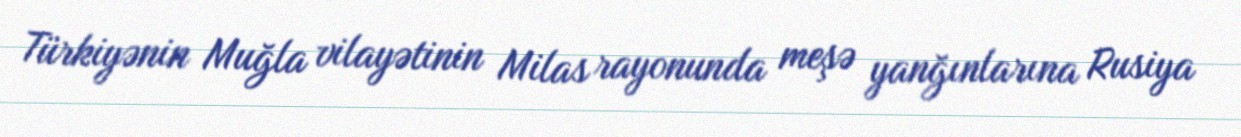
Türkiyənin Muğla vilayətinin Milas rayonunda meşə yanğınlarına Rusiya